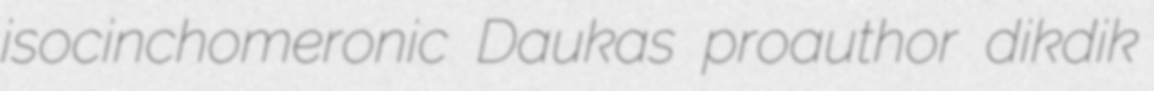
isocinchomeronic Daukas proauthor dikdik